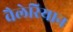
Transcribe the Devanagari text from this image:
वैलेरियान